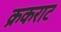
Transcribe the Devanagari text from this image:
क्रकराट